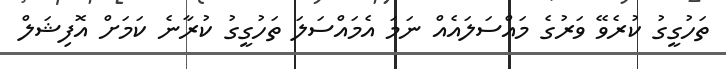
ތަހުގީގު ކުރެވޭ ވަރުގެ މައްސަލައެއް ނަމަ އެމައްސަލަ ތަހުގީގު ކުރާނެ ކަމަށް އޮފިޝަލް